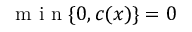
\mathrm { ~ m ~ i ~ n ~ } \{ 0 , c ( x ) \} = 0